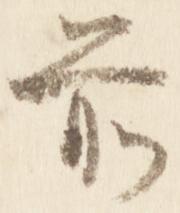
前